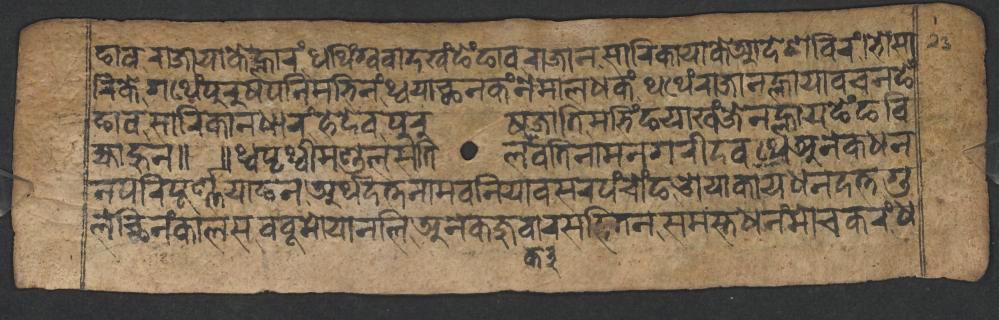
𑐒𑐵𑐰𑐬𑐵𑐖𑐵𑐫𑐵𑐎𑐾𑐮𑑂𑐴𑐵𑐬𑑄,𑐠𑐠𑐶𑑄𑐐𑑂𑐰𑐰𑐵𑐡𑐏𑑄𑐒𑐾𑑄𑐒𑐵𑐰𑐬𑐵𑐖𑐵𑐣𑐳𑐵𑐬𑐶𑐎𑐵𑐫𑐵𑐎𑐾𑐁𑐡𑐾𑐱𑐧𑐶𑐬𑑄,𑐨𑑀𑐳𑐵 𑐬𑐶𑐎𑐾𑐐𑐠𑐾𑑄𑐥𑐸𑐬𑐸𑐲𑐥𑐣𑐶𑐩𑐨𑐶𑐣𑑄,𑐠𑑂𑐰𑐫𑐵𑐕𑐣𑐎𑑄𑐣𑐾𑐩𑐵𑐮𑐢𑐎𑑄,𑐠𑐠𑐾𑑄𑐬𑐵𑐖𑐵𑐣𑐮𑑂𑐴𑐵𑐫𑐵𑐰𑐔𑐣𑐒𑐾𑑄 𑐒𑐵𑐰𑐳𑐵𑐬𑐶𑐎𑐵𑐣𑐢𑐵𑐬𑑄,𑐴𑐾𑐡𑐾𑐰𑐥𑐸𑐬𑐸𑐲𑐖𑐵𑐟𑐶𑐩𑐨𑐶𑑄𑐒𑐫𑐵𑐏𑑄𑐖𑐾𑐣𑐮𑑂𑐴𑐵𑐫𑐒𑐾𑑄𑐒𑐧𑐶 𑐖𑑂𑐫𑐵𑐴𑐸𑐣𑑌 𑑌𑐠𑑂𑐰𑐥𑐺𑐠𑑂𑐰𑐷𑐩𑐞𑑂𑐜𑐮𑐳𑐟𑐶𑐮𑐰𑐟𑐶𑐣𑐵𑐩𑐣𑐐𑐬𑐷𑐡𑐰,𑐠𑐾𑐀𑐣𑐾𑐎𑐢𑐣 𑐣𑐥𑐬𑐶𑐥𑐹𑐬𑑂𑐞𑑂𑐞𑐫𑐵𑐒𑐣𑐀𑐬𑑂𑐠𑐡𑐟𑑂𑐟𑐣𑐵𑐩𑐧𑐣𑐶𑐫𑐵𑐧𑐳𑐮𑐥𑑄𑐔𑑀𑑄𑐒,𑐌𑐫𑐵𑐎𑐵𑐫𑐢𑐣𑐡𑐟𑑂𑐟,𑐐𑐸 𑐮𑐕𑐶𑐣𑑄𑐎𑐵𑐮𑐳𑐧𑐧𑐹𑐩𑑀𑐫𑐵𑐣𑐮𑐶𑐀𑐣𑐾𑐎𑐖𑐸𑐰𑐵𑐬𑐳𑐴𑐶𑐟𑐣𑐳𑐩𑐳𑑂𑐟𑐢𑐣𑑄𑐩𑑀𑐔𑐎𑐬𑑄,𑐢